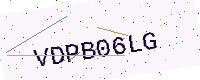
Text: VDPB06LG